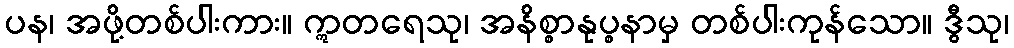
ပန၊ အဖို့တစ်ပါးကား။ ဣတရေသု၊ အနိစ္စာနုပ္စနာမှ တစ်ပါးကုန်သော။ ဒွီသု၊